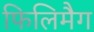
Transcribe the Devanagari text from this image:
फिलिमैग